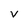
Character: V